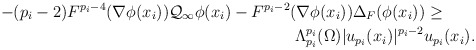
\begin{align*}-(p_i-2)F^{p_i-4}(\nabla \phi(x_i)) \mathcal{Q}_\infty \phi (x_i) - F^{p_i-2}(\nabla \phi(x_i)) \Delta_F ( \phi(x_i)) \ge\qquad\\ \Lambda_{p_i}^{p_i}(\Omega) |u_{p_i}(x_i)|^{p_i-2} u_{p_i}(x_i). \end{align*}